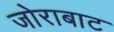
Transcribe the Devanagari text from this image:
जोराबाट